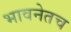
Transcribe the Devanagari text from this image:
भावनेतच